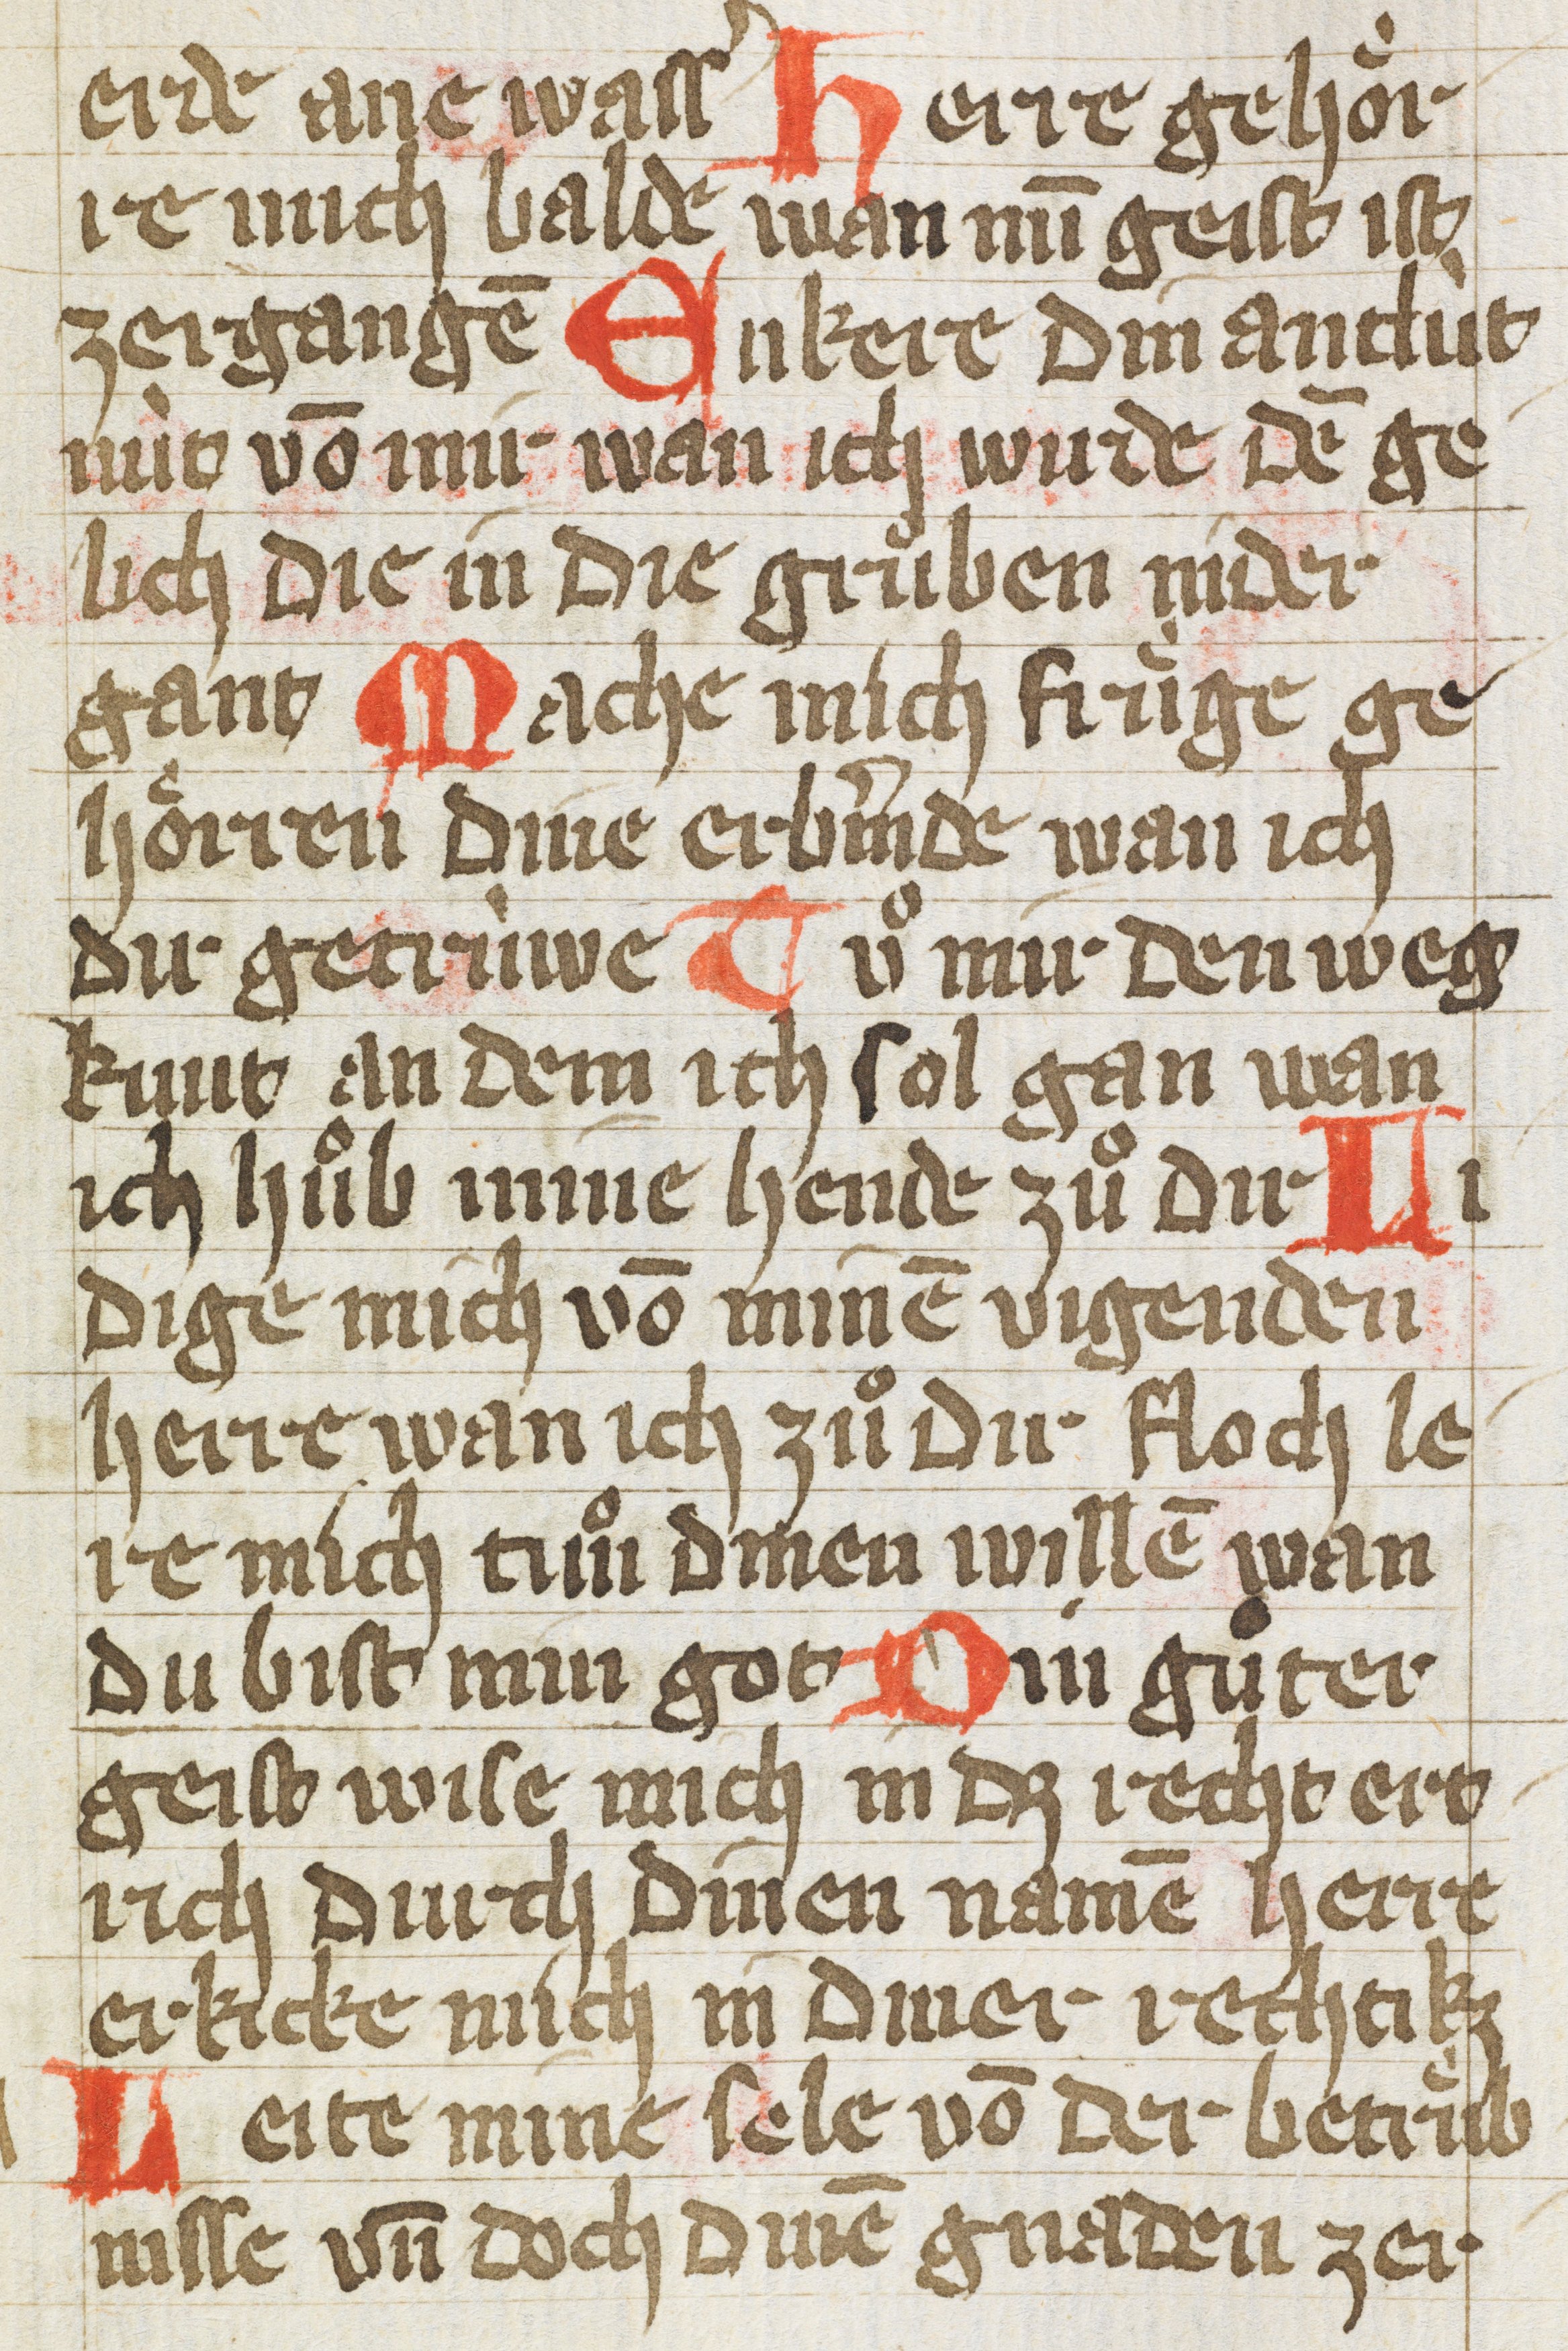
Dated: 1400–1430